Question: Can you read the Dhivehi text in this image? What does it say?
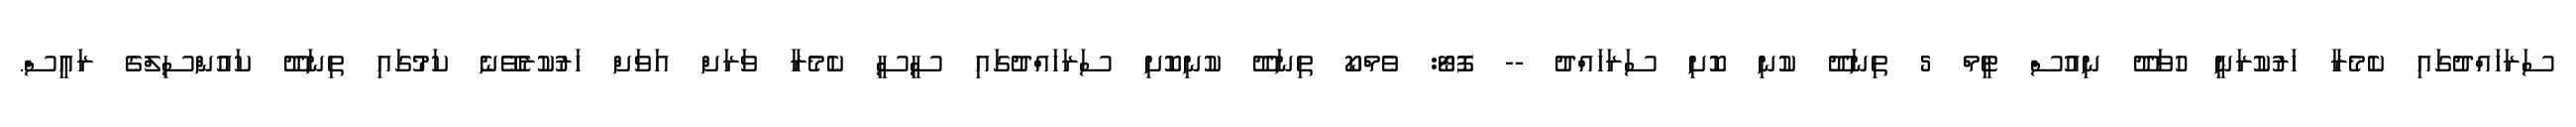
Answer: ސަރަހައްދުގައި ކެމެރާ ހަރުކުރަނީ ހުވަދޫ ނިއުސް ޓީމް 5 ތިނަދޫ ކުނި ކޮށި ސަރަހައްދު -- ފޮޓޯ: ވެމްކޯ ތިނަދޫ ކުނިކޮށި ސަރަހައްދުގައި ސީސީ ކެމެރާ ވަރަށް އަވަށް ހަރުކުރެވޭނެ ކަމުގައި ތިނަދޫ ކައުންސިލްގެ ރައީސް.